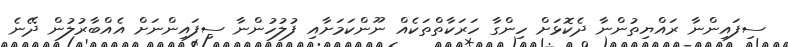
ސިފައިންނާ ރައްޔިތުންނާ ދެކޮޅަށް ހިންގާ ހަރަކާތްތަކެއް ނޫންކަމަށާއި ފުލުހުންނާ ސިފައިންނަށް އެއްބާރުލުން ދޭނެ